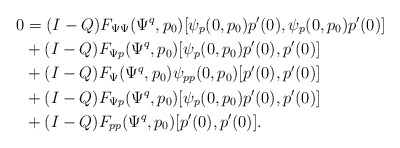
\begin{align*}0 &= (I-Q) F_{\Psi\Psi}(\Psi^q,p_0)[\psi_p(0,p_0)p'(0),\psi_p(0,p_0)p'(0)]\\&+ (I-Q) F_{\Psi p}(\Psi^q,p_0)[\psi_p(0,p_0)p'(0), p'(0)]\\&+ (I-Q) F_\Psi(\Psi^q,p_0)\psi_{pp}(0,p_0)[p'(0), p'(0)]\\&+ (I-Q) F_{\Psi p}(\Psi^q,p_0)[\psi_p(0,p_0)p'(0), p'(0)]\\&+ (I-Q) F_{pp}(\Psi^q, p_0)[p'(0), p'(0)].\end{align*}